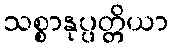
သစ္စာနုပ္ပတ္တိယာ